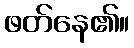
ဖတ်နေ၏။